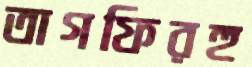
তাগফিরহু